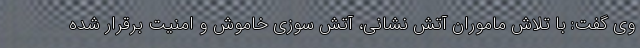
وی گفت: با تلاش ماموران آتش نشانی، آتش سوزی خاموش و امنیت برقرار شده